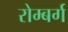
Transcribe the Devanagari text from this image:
रोम्बर्ग